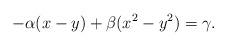
LaTeX: \begin{align*}-\alpha(x-y)+\beta(x^2-y^2)=\gamma.\end{align*}